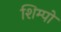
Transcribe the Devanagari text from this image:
शिम्पो